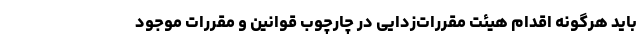
باید هرگونه اقدام هیئت مقررات‌زدایی در چارچوب قوانین و مقررات موجود